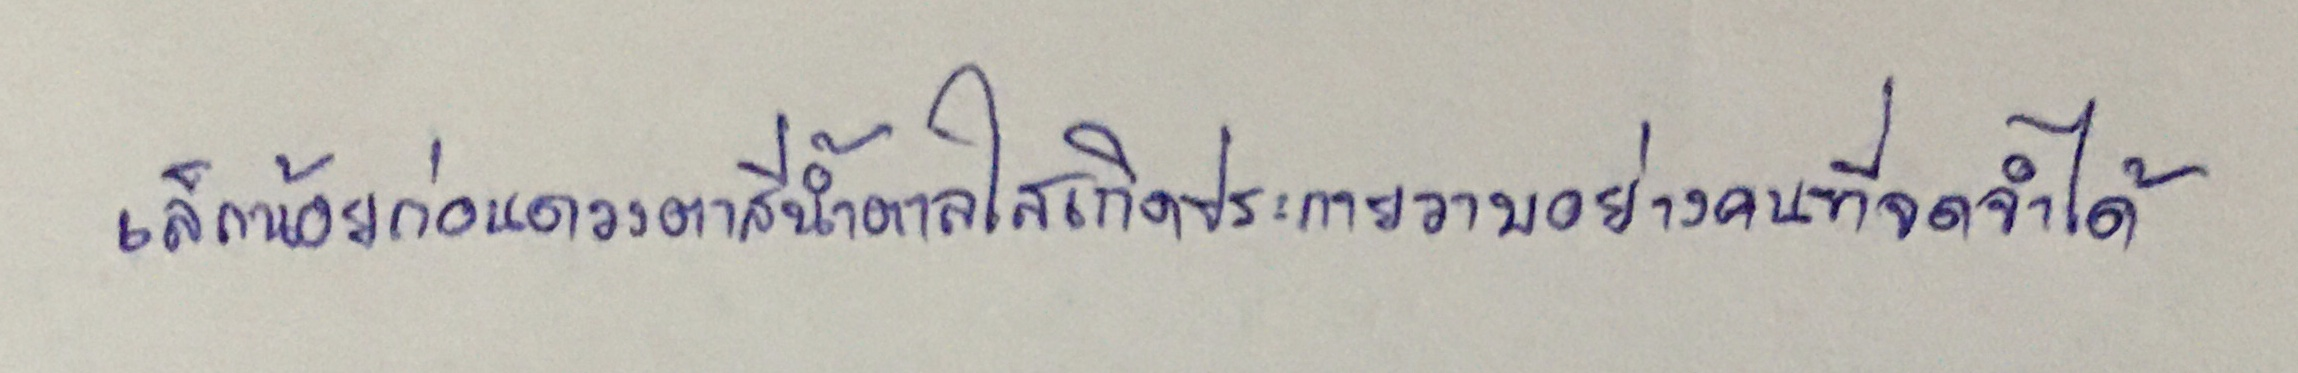
เล็กน้อยก่อนดวงตาสีน้ำตาลใสเกิดประกายวาบอย่างคนที่จดจำได้